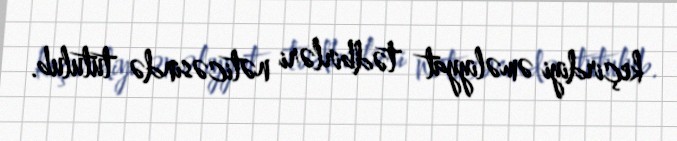
keçirdiyi əməliyyat tədbirləri nəticəsində tutulub.